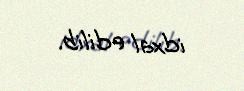
idxal edilib.